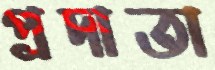
প্রদাতা